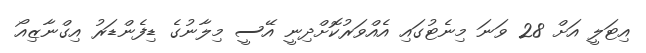
އިޓަލީ އަށް 28 ވަނަ މިނެޓުގައި އެއްވަރުކޮށްދިނީ އޭސީ މިލާނުގެ ޑިފެންޑަރު އިގްނާޒިއޯ